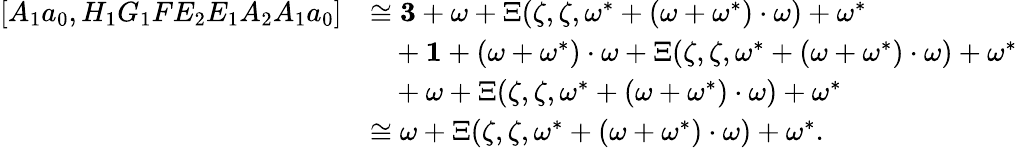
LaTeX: \begin{array}{rl}{[A_{1}a_{0},H_{1}G_{1}FE_{2}E_{1}A_{2}A_{1}a_{0}]}&{\cong\mathbf 3+\omega+\Xi(\zeta,\zeta,\omega^{*}+(\omega+\omega^{*})\cdot\omega)+\omega^{*}}\\ &{\ \ \ +\mathbf 1+(\omega+\omega^{*})\cdot\omega+\Xi(\zeta,\zeta,\omega^{*}+(\omega+\omega^{*})\cdot\omega)+\omega^{*}}\\ &{\ \ \ +\omega+\Xi(\zeta,\zeta,\omega^{*}+(\omega+\omega^{*})\cdot\omega)+\omega^{*}}\\ &{\cong\omega+\Xi(\zeta,\zeta,\omega^{*}+(\omega+\omega^{*})\cdot\omega)+\omega^{*}.}\end{array}